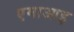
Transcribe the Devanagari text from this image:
एमाआइ